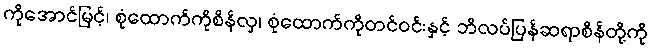
ကိုအောင်မြင့်၊ စုံထောက်ကိုစိန်လှ၊ စုံထောက်ကိုတင်ဝင်းနှင့် ဘိလပ်ပြန်ဆရာစိန်တို့ကို